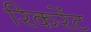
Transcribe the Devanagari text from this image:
रिकरेंट